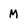
Character: M